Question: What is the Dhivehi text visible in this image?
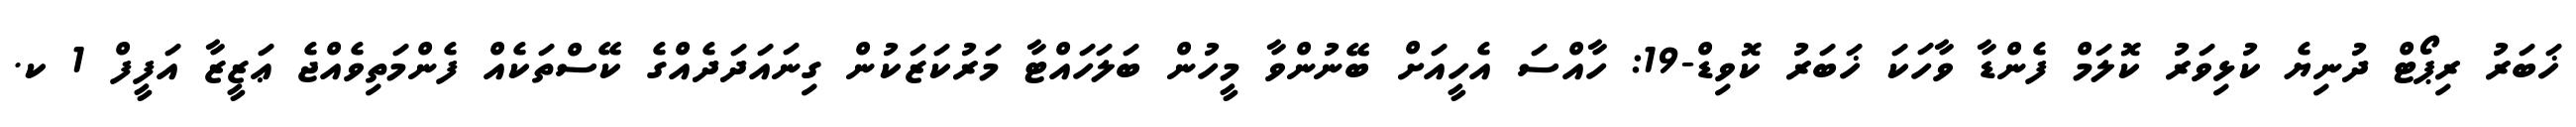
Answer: ޚަބަރު ރިޕޯޓް ދުނިޔެ ކުޅިވަރު ކޮލަމް ފެންޑާ ވާހަކަ ޚަބަރު ކޮވިޑް-19: ހާއްސަ އެހީއަށް ބޭނުންވާ މީހުން ބަލަހައްޓާ މަރުކަޒަކުން ގިނައަދަދެއްގެ ކޭސްތަކެއް ފެންމަތިވެއްޖެ ޢަޒީޒާ އަފީފް 1 ކ.